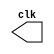
// ---------------------------
// Exemplo0041
// Nome: Roger Rubens Machado

// --------------------------- 
// -- test clock generator (1) 
// --------------------------- 

module clock ( clk ); 
	output clk; 
	reg clk; 
initial begin 
	clk = 1'b0; 
end 

always begin 
	#12 clk = ~clk; 
end 

endmodule // clock ( ) 


module Exemplo0041; 
	wire clk; 
	clock CLK1 ( clk );
 
initial begin

	$display("Exemplo0041 - Roger Rubens Machado - 430533");
	$dumpfile ( "Exemplo0041.vcd" ); 
	$monitor($time, clk);
	$dumpvars(0); 
	#120 $finish; 
end 
endmodule // Exemplo0041 ( )